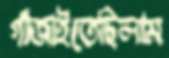
গাঁজাইতেছিলাম